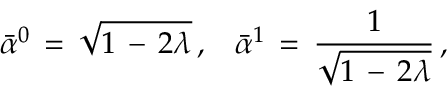
\bar { \alpha } ^ { 0 } \, = \, \sqrt { 1 \, - \, 2 \lambda } \, { , } \quad \bar { \alpha } ^ { 1 } \, = \, \frac { 1 } { \sqrt { 1 \, - \, 2 \lambda } } \, { , }